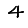
Digit: 4